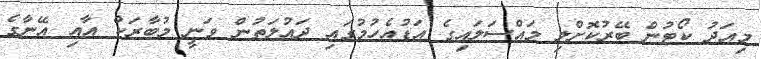
މިއަދު ކޯޓުން ބޭރުކޮށްލި މައްސަލައިގެ އަޑުއެހުމުގައި ދައުލަތުން ވަނީ މުބާރަކް އާއި އޭނާގެ